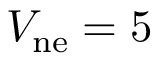
V _ { \mathrm { n e } } = 5